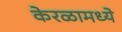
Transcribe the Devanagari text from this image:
केरळामध्ये